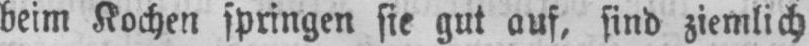
beim Kochen springen sie gut auf, sind ziemlich